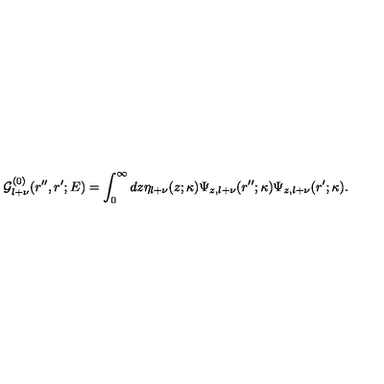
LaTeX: { \mathcal G } _ { l + \nu } ^ { ( 0 ) } ( r ^ { \prime \prime } , r ^ { \prime } ; E ) = \int _ { 0 } ^ { \infty } d z \eta _ { l + \nu } ( z ; \kappa ) \Psi _ { z , l + \nu } ( r ^ { \prime \prime } ; \kappa ) \Psi _ { z , l + \nu } ( r ^ { \prime } ; \kappa ) .